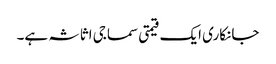
جانکاری ایک قیمتی سماجی اثاثہ ہے۔